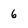
Character: 6